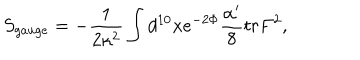
S _ { g a u g e } = - \frac { 1 } { 2 \kappa ^ { 2 } } \int d ^ { 1 0 } x e ^ { - 2 \Phi } \frac { \alpha ^ { \prime } } { 8 } t r F ^ { 2 } ,